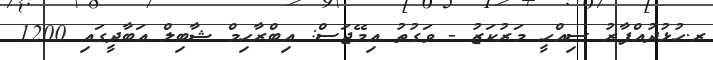
ރ.ހުޅުދުއްފާރު ސިއްހީ މަރުކަޒު - ވަގުތު އިމޭޖަސް: އިބްރާހިމް ޝާބިލް އަބާދީގައި 1200